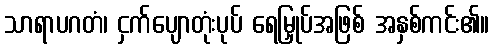
သာရာပဂတံ၊ ငှက်ပျောတုံးပုပ် ရေမြှုပ်အဖြစ် အနှစ်ကင်း၏။